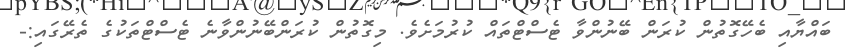
ބައްޔާއި ބެހޭގޮތުން ކުރަން ބޭނުންވާ ޓެސްޓްތައް ކުރުމަށެވެ. މިގޮތުން ކުރަންބޭނުންވާނެ ޓެސްޓްތަކުގެ ތެރޭގައި:-